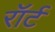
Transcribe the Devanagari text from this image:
रॉर्ट